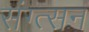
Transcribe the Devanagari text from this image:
संग्त्सन